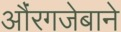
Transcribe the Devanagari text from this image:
औंरगजेबाने